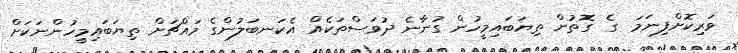
ވަރިކޮށްފިނަމަ  ގެ ގޮތުން ތިޔަބައިމީހުން ގުނާނެ ދުވަސްތަކެއް އެކަނބަލުންގެ މައްޗަށް ތިޔަބައިމީހުންނަކަށް